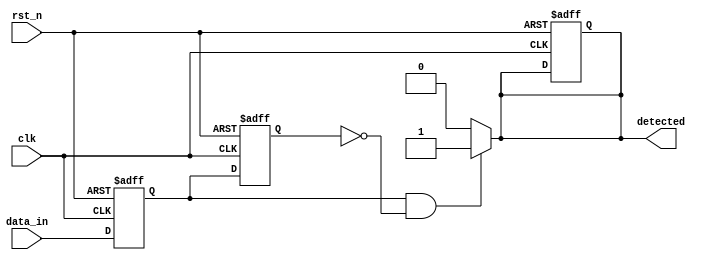
module dual_ff_detector (
    input wire clk,          // Clock signal
    input wire rst_n,       // Asynchronous reset (active low)
    input wire data_in,     // Primary input signal
    output reg detected      // Output signal indicating detection
);

    // Internal signals for flip-flop outputs
    reg ff1, ff2;

    // Asynchronous reset and flip-flop behavior
    always @(posedge clk or negedge rst_n) begin
        if (!rst_n) begin
            ff1 <= 1'b0;  // Reset FF1
            ff2 <= 1'b0;  // Reset FF2
            detected <= 1'b0; // Reset output
        end else begin
            ff1 <= data_in; // Capture data_in on clock edge
            ff2 <= ff1;     // Capture previous state of ff1
        end
    end

    // Detection logic
    always @(*) begin
        // Example detection logic: detect rising edge
        if (ff1 && !ff2) begin
            detected = 1'b1; // Rising edge detected
        end else begin
            detected = 1'b0; // No detection
        end
    end

endmodule